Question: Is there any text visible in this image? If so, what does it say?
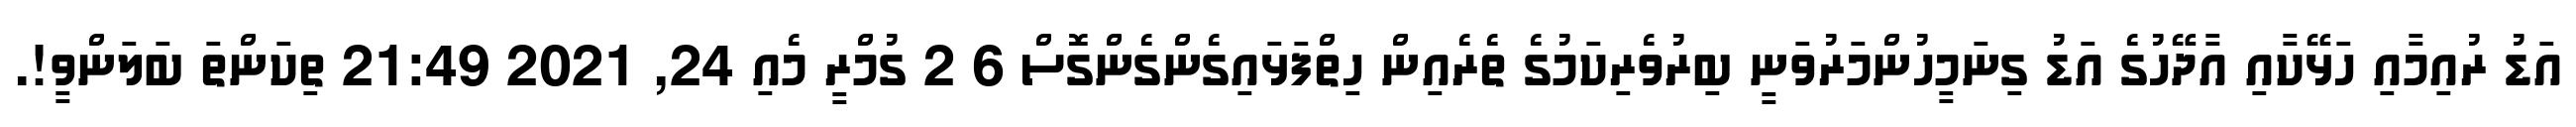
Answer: އަޑު ރުއިމާއި ހަޅޭކާއި އާދޭހުގެ އަޑު ގިނަމީހުންމަރުވަނީ ބިރުވެރިކަމުގެ ތެރެއިން ހިތްފަޅައިގެންގެންގޮސް 6 2 ގުމްރީ މެއި 24, 2021 21:49 ތިކަންތަ ބަލަންވީ!.